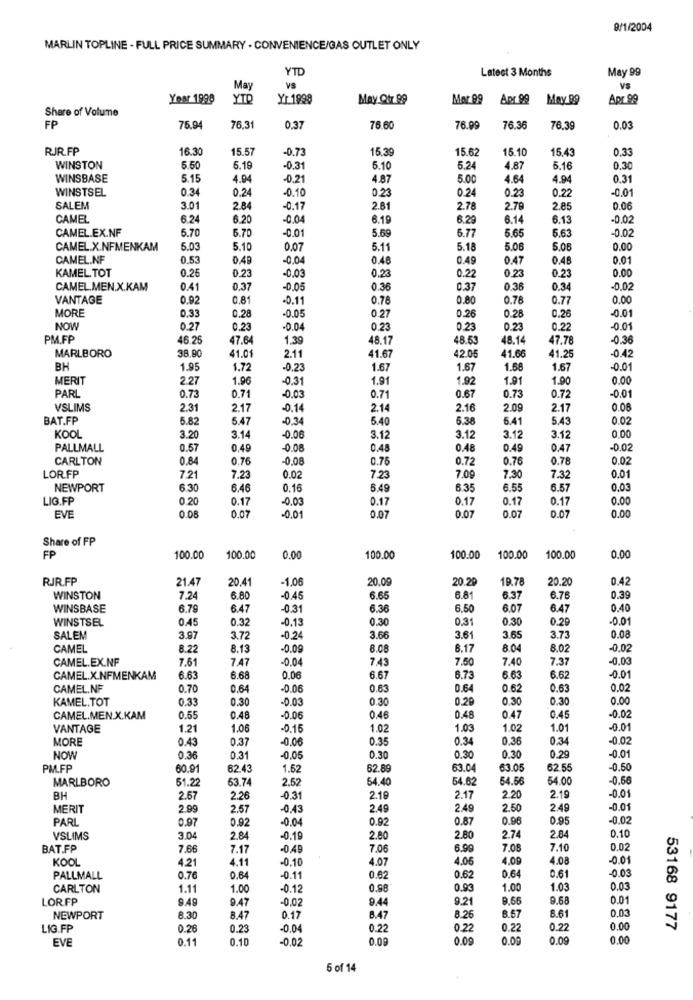
8/1/2004
MARLIN TOPLINE - FULL PRICE SUMMARY - CONVENIENCE/GAS OUTLET ONLY
YTD
Latest 3 Months
May 99
May
VS
Year 1998
YTP
Yr 1998
May Qtr.99
Mor 99
Apr 99
May 99
Apr.99
Share of Volume
FP
76.94
76,31
0.37
76 60
76.99
76.36
76.39
0.03
RJR.FP
16.30
15.57
-0.73
15.39
15.62
15.10
15,43
0.33
5.50
WINSTON
5.19
-0.31
6.10
5.24
4.87
5.16
0.30
WINSBASE
5.15
4.94
-0.21
4.87
5.00
4.64
4.94
0.31
WINSTSEL
0.34
0.24
0.23
0.24
0.22
-0.01
-0.10
0.23
SALEM
3.01
2.84
-0.17
2.81
2.78
2.79
2.85
0.06
CAMEL
6.24
6.20
-0.04
6.19
6.29
6.14
6.13
-0,02
CAMEL.EX.NF
5.70
6.70
-0.01
5.69
6.77
5.65
5.63
-0.02
CAMEL.X.NFMENKAM
5.03
5.10
0.07
5.11
5.18
5.06
5.06
0.00
CAMEL.NF
0.53
0.49
-0.04
0.40
0.49
0.47
0.46
0.01
KAMEL. TOT
0.25
0.23
0.23
0.00
-0.03
0.23
0.22
0.23
CAMEL.MEN.X.KAM
0.41
0,37
-0.05
0.36
0.37
0.36
0.34
-D.02
VANTAGE
0.92
0.81
-0.11
0.78
0.80
0.78
0.77
0.00
MORE
0.26
-0.01
0.33
0.28
-0.05
0.27
0.28
0.26
NOW
0.27
0.23
-0.04
0.23
0.2
0.23
0.22
-0.01
PM.FP
46.25
47.64
1,39
48.17
48.53
48.14
47.78
-0.36
38,90
41.01
41.67
42.05
41.60
-0.42
MARLBORO
2.11
41.25
BH
1.95
1.72
-0.23
1.67
1.67
1.58
1.67
-0.01
MERIT
2.27
1.96
-0.31
1.91
1.92
1.91
1.90
0.00
PARL
-0.01
0.73
0.71
-0.03
0.71
0.67
0.73
0.72
VSLIMS
2.31
2.17
-0.14
2.14
2.16
2.0
2.17
0.00
BAT.FP
5.82
5.47
-0.34
5.40
5.38
5.41
5.43
0.02
KOOL
3.20
3.14
-0.06
3.12
3.12
3.12
3.1
PALLMALL
0.57
0.45
-0.08
0.48
0.48
0.49
0.47
-0.02
CARLTON
0.84
0.76
-0.08
0.76
0.72
0.76
0.78
0.02
LOR.FP
7.2
7.23
0.02
7.23
7.09
7.30
7.32
0.01
NEWPORT
6.30
6.46
0.16
6.49
6.35
6.5
6.57
0.0
LIG.FP
0.20
0.17
00
0.17
0.17
0.17
0.17
0.00
0.08
0.01
0.07
0.07
EVE
0.07
0.07
0.07
0.00
Share of FP
0.00
FP
100.00
100.00
0.00
100.00
100.00
100.00
100.00
RJR.FP
21.47
20.41
1.06
20.09
20.29
19.78
20.20
0.42
WINSTON
7.2
6.80
0.45
6.65
6.8
6.37
6.76
0.39
WINSBASE
6.79
6.47
-0.31
6.36
6.50
6.07
6.47
0.40
WINSTSEL
0.45
0.32
-0.13
0.30
0,31
0.30
0.29
-0.0
0.08
SALEM
3.97
3.72
-0.2
3.60
3.61
3.65
3.73
CAMEL
8.22
8.13
-0.01
8.00
6.17
8.04
8.02
-0.02
CAMEL.EX.NF
7.61
7.47
-0.0
7.43
7.50
7.40
7.37
-0,00
6.62
CAMEL.X.NFMENKAM
6.63
6.68
0.06
6.61
6.73
6.63
-0.01
CAMEL.NF
0.70
0.64
0.63
0.64
0.62
0.6
0.02
KAMEL.TOT
0.33
0.30
-0.0
0.30
0.20
0.30
0.30
0.00
CAMEL.MEN.X.KAM
0.55
0.48
-0.06
0.46
0.48
0.47
0.45
-0.02
VANTAGE
1.21
1.06
0.15
1.02
1.03
1.02
1.01
-0.0
MORE
0.43
0,37
-0.06
0.35
0.34
0.36
0.34
-0.02
0.29
-0.01
NOW
0.36
0.3
-0.05
0.30
0.30
0.30
PM.FP
60.91
62.43
1.52
62.89
63.0
63.05
62.55
-0.50
MARLBORO
61.22
63.74
2.52
54.40
54.62
64.56
54.00
-0.58
-0.01
BH
2.57
2.26
-0.31
2.19
2.17
2.20
2.19
MERIT
2.99
2.57
-0.4
2.49
2.49
2.50
2.49
-0.01
PARL
0.91
0.92
0.04
0.92
0.87
0.96
0.95
-0.02
0.1
VSLIMS
3.04
2.84
-0.10
2.80
2.80
2.74
2.84
BAT.FP
7.66
7.17
-0.49
7.06
6.99
7.08
7.10
0.02
KOOL
4.21
4.11
-0.10
4.07
4.06
4.09
4.08
-0.01
-0.09
PALLMALL
0.76
0,6
-0.11
0.62
0.62
0.64
0.61
CARLTON
1.11
1.00
-0.12
0.98
0.93
1.00
1.03
0.03
LORFP
9.49
-0.0
944
9.21
9.66
9.68
0.01
9.47
8.57
8.61
0.03
NEWPORT
8.30
8.47
0.17
8.47
8.26
LIG.FP
0.26
0.23
0.04
0.22
0.22
0.22
0.27
0.00
53168 9177
EVE
0.11
0.10
-0.02
0.09
0.09
0.00
0.09
0.00
5 of 14